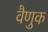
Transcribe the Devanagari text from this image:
वैणुक